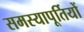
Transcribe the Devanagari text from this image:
समस्यापूर्तियों